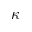
\kappa